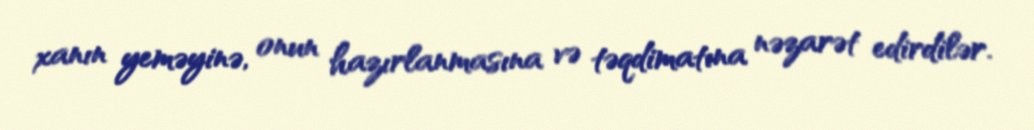
xanın yeməyinə, onun hazırlanmasına və təqdimatına nəzarət edirdilər.